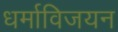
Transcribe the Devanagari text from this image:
धर्माविजयन